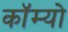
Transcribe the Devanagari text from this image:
कॉम्‍यो